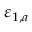
\varepsilon _ { 1 , a }